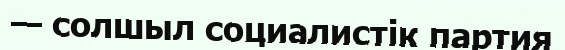
— солшыл социалистік партия